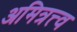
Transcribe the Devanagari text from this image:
अमित्रत्त्व